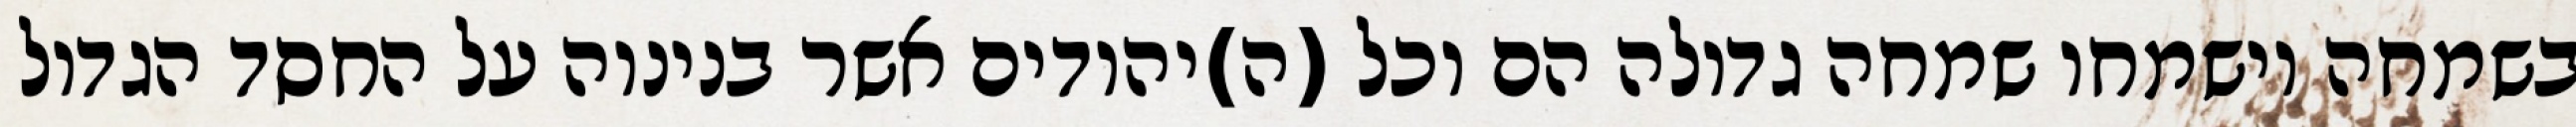
בשמחה וישמחו שמחה גדולה הם וכל (ה)יהודים אשר בנינוה על החסד הגדול